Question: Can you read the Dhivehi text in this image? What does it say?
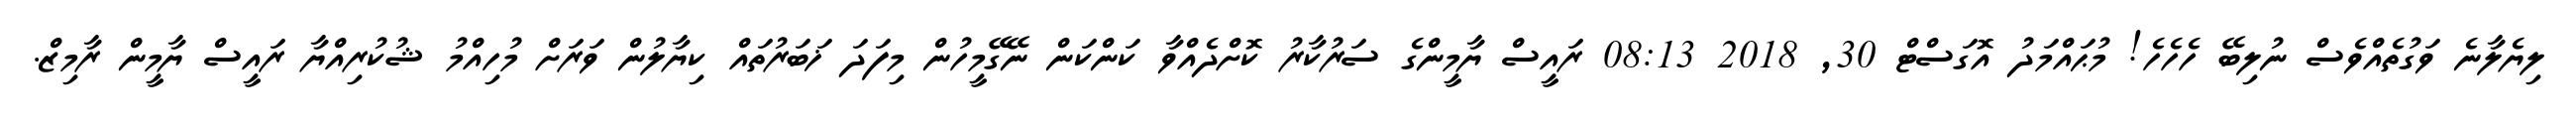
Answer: ލިޔެލާނެ ވަގުތެއްވެސް ނުލިބޭ ހެހެހެ! މުޙައްމަދު އޮގަސްޓް 30, 2018 08:13 ރައީސް ޔާމީންގެ ސަރުކާރު ކޮށްދެއްވާ ކަންކަން ނޭގޭމީހުން މިފަދަ ޚަބަރުތައް ކިޔާލުން ވަރަށް މުހިއްމު ޝުކުރިއްޔާ ރައީސް ޔާމީން ރާމިޒް.